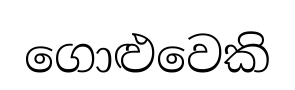
ගොළුවෙකි